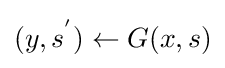
(y,s^{'})\gets G(x,s)